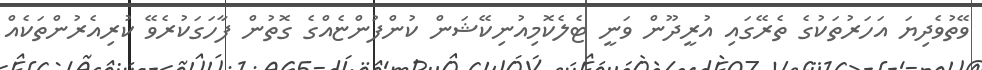
ވޭތުވެދިޔަ އަހަރުތަކުގެ ތެރޭގައި އުރީދޫން ވަނީ ޓެލެކޮމިއުނިކޭޝަން ކުންފުންޏެއްގެ ގޮތުން ފާހަގަކުރެވޭ ކުރިއެރުންތަކެއް